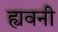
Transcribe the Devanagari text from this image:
ह्यवनी